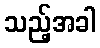
သည့်အခါ